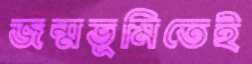
জন্মভূমিতেই